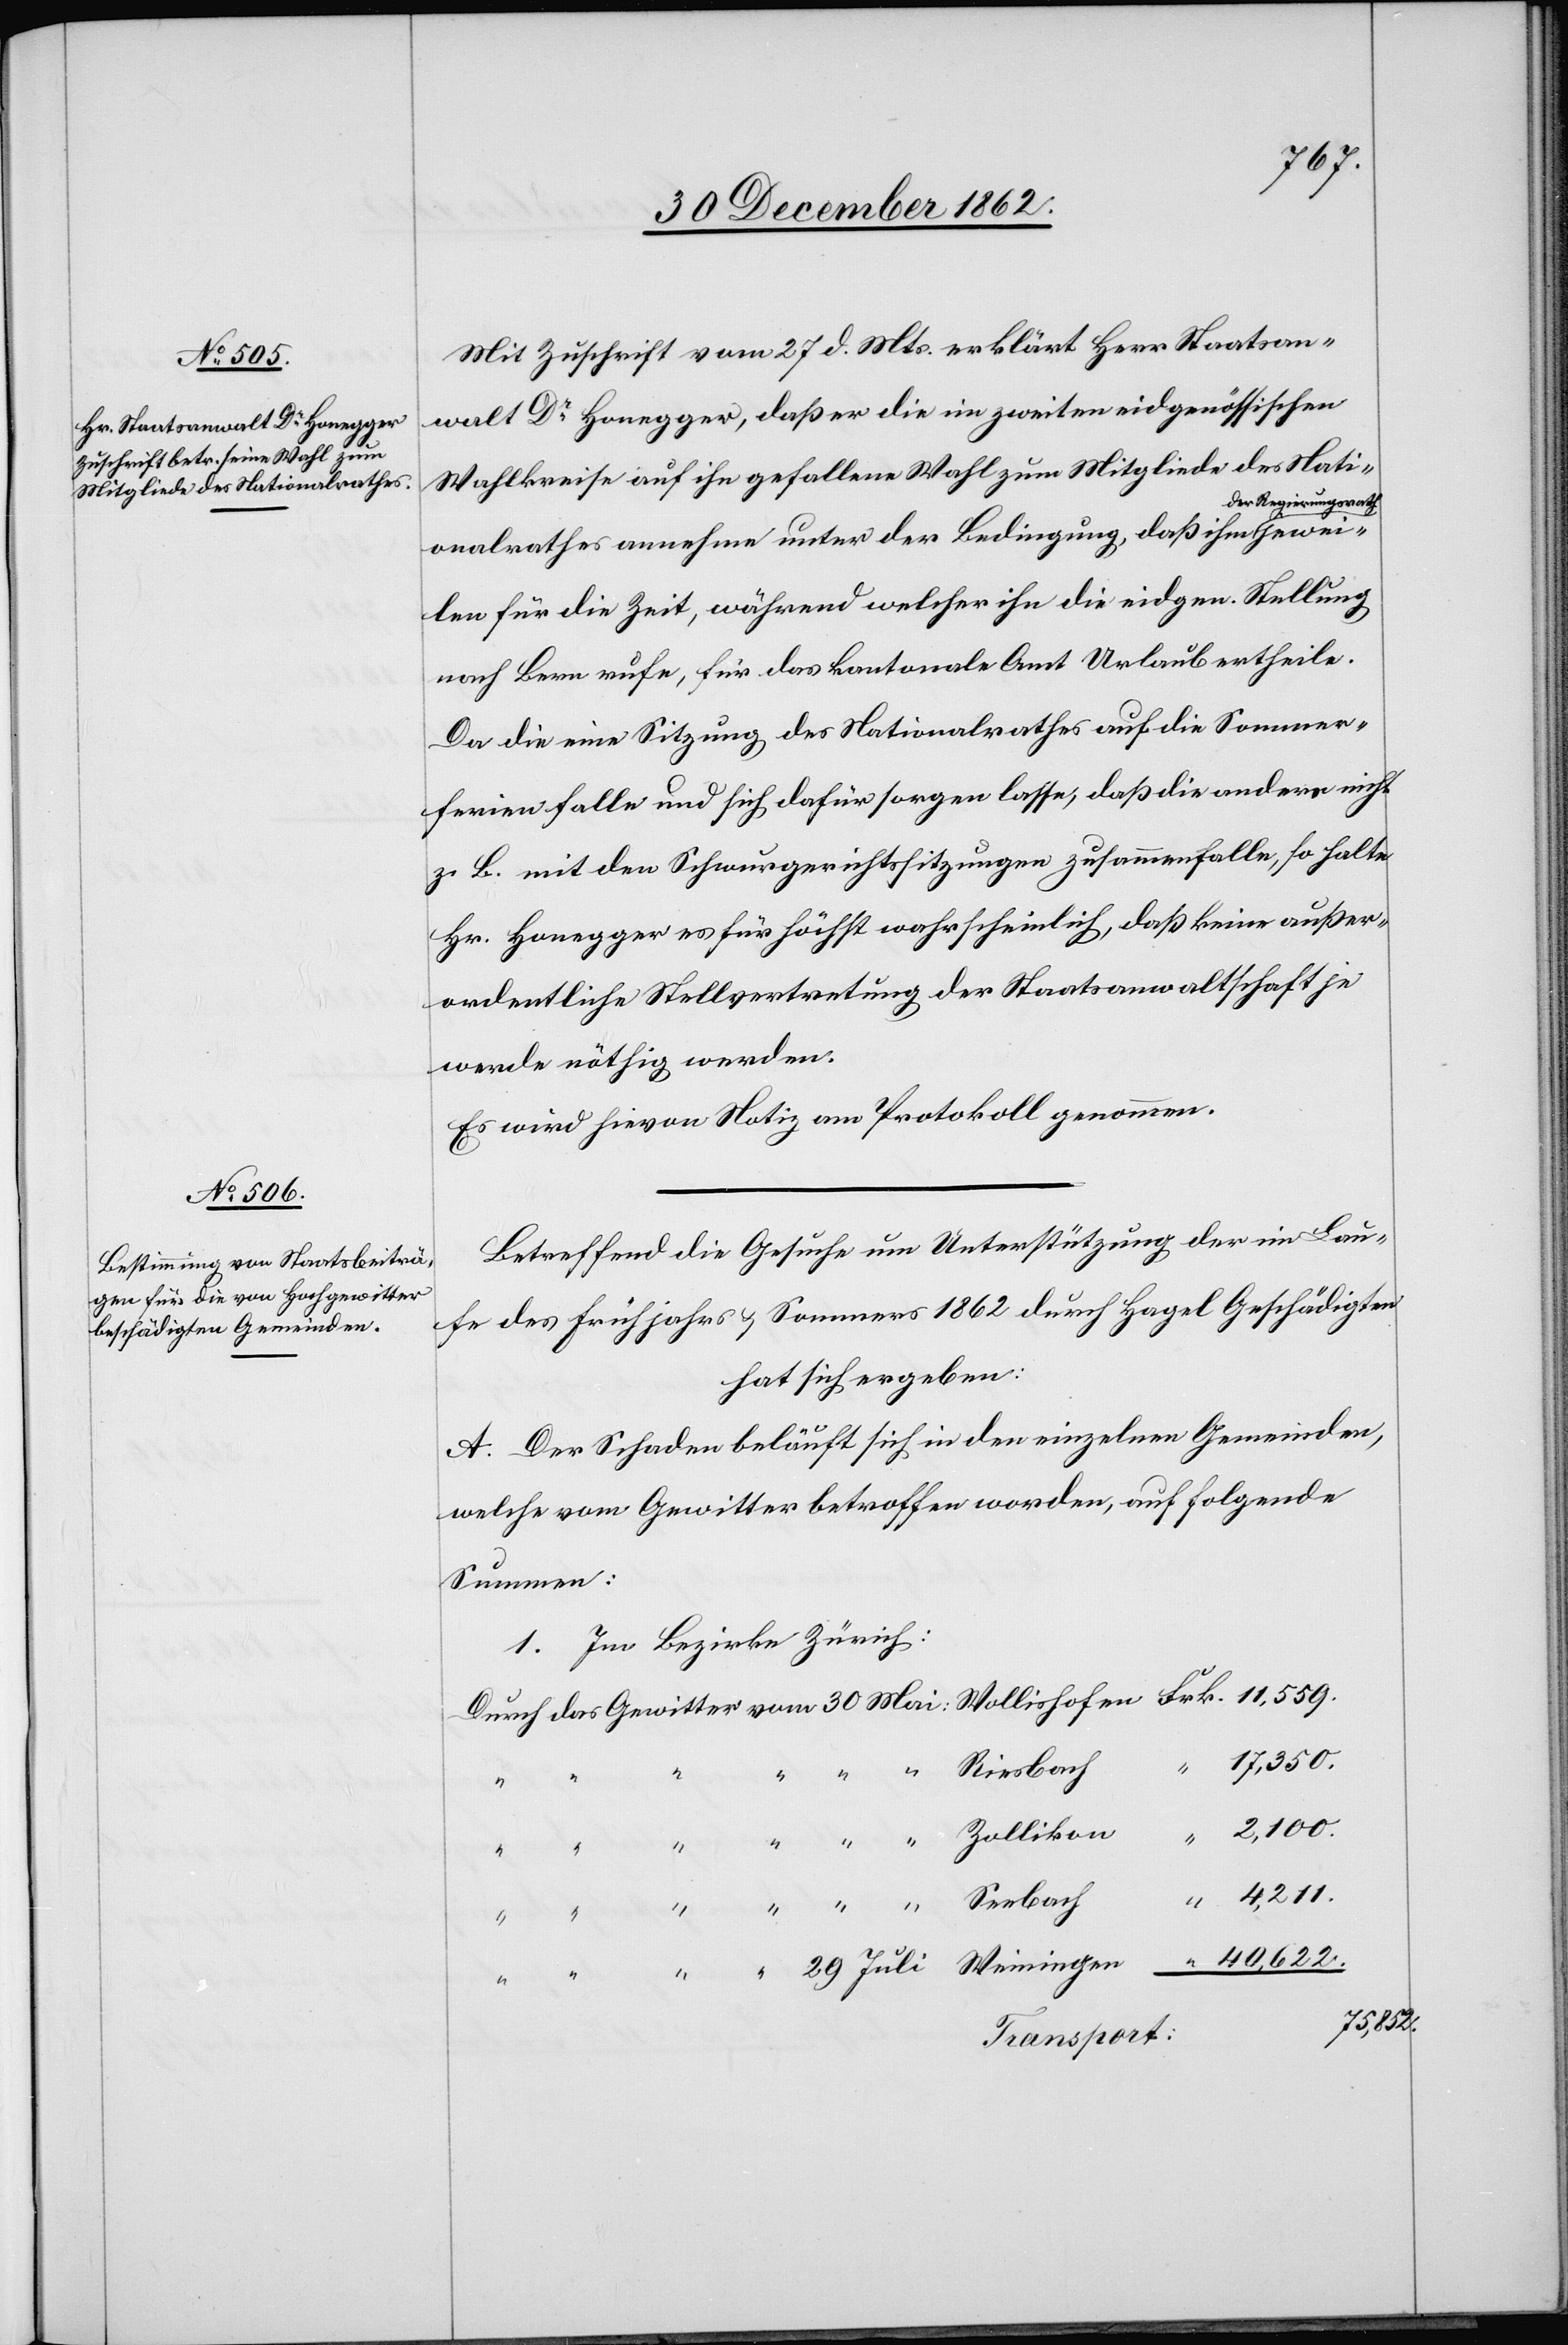
29.
Mit Zuschrift vom 27. d. Mts. erklärt Herr Staatsan¬
walt Dr Honegger, daß er die im zweiten eidgenössischen
Wahlkreise auf ihn gefallene Wahl zum Mitgliede des Nati¬
r Regierungsrath
onalrathes annehme unter der Bedingung, daß ihm de¬
len für die Zeit, während welcher ihn die eigen. Stellung
nach Bern rufe, für das kantonale Amt Urlaub ertheile.
Da die eine Sitzung des Nationalrathes auf die Sommer¬
ferien falle und sich dafür sorgen lasse, daß die andere nicht
z. B. mit den Schwurgerichtssitzungen zusammenfalle, so halte
Hr. Honegger es für höchst wahrscheinlich, daß keine außer¬
ordentliche Stellvertretung der Staatsanwaltschaft je
werde nöthig werden.
Es wird hievon Notiz am Protokoll genommen.
Betreffend die Gesuche um Unterstützung der im Lau¬
fe des Frühjahrs u. Sommers 1862 durch Hagel Geschädigten
hat sich ergeben:
A. Der Schaden beläuft sich in den einzelnen Gemeinden,
welche vom Gewitter betroffen worden, auf folgende
Summen:
1. Im Bezirke Zürich
17,350.
[recte:
4,211.
75,842]
Transport